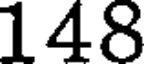
148